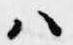
ハ